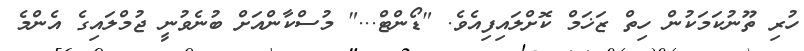
ހުރި ތޫނުކަމަކުން ހިތް ޒަޚަމް ކޮށްލައިފިއެވެ. "ޑޯންޓް..." މުސްކާންއަށް ބުނެވުނީ ޖުމްލައިގެ އެންމެ